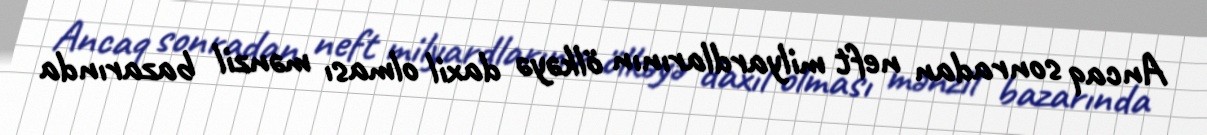
Ancaq sonradan neft milyardlarının ölkəyə daxil olması mənzil bazarında